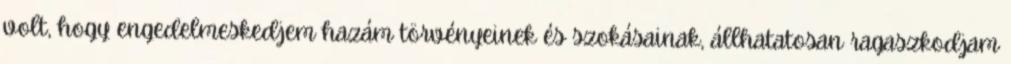
volt, hogy engedelmeskedjem hazám törvényeinek és szokásainak, állhatatosan ragaszkodjam